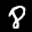
Label: 8